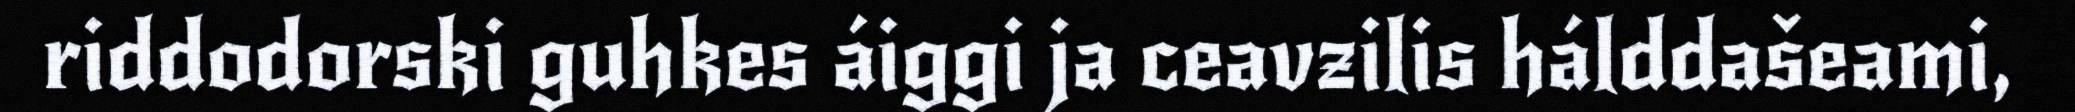
riddodorski guhkes áiggi ja ceavzilis hálddašeami,